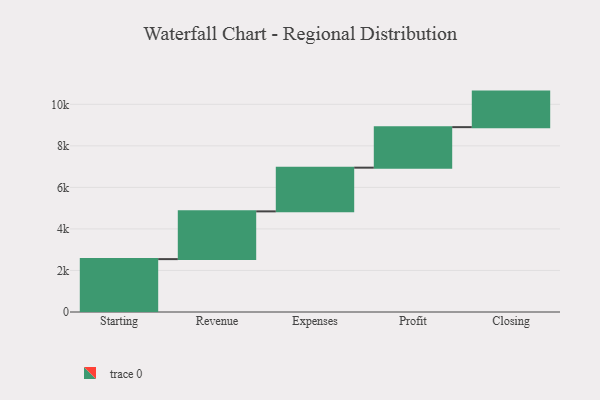
{"axis": {"x": "Step", "y": "Value"}, "legend": [""], "data": [{"x": "Starting", "y": 2546.0, "type": ""}, {"x": "Revenue", "y": 2299.0, "type": ""}, {"x": "Expenses", "y": 2105.0, "type": ""}, {"x": "Profit", "y": 1951.0, "type": ""}, {"x": "Closing", "y": 1711.0, "type": ""}]}